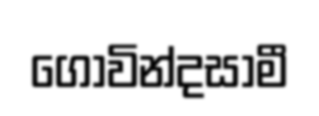
ගෝවින්දසාමී